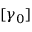
[ \gamma _ { 0 } ]